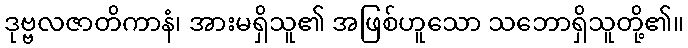
ဒုဗ္ဗလဇာတိကာနံ၊ အားမရှိသူ၏ အဖြစ်ဟူသော သဘောရှိသူတို့၏။